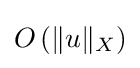
O\left(\|u\|_{X}\right)